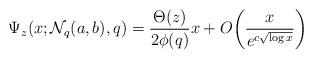
LaTeX: \begin{align*}\Psi_z(x;\mathcal{N}_q(a,b),q)&=\frac{\Theta (z)}{2\phi(q)}x+O\bigg(\frac{x}{e^{c\sqrt{\log x}}}\bigg)\end{align*}